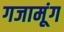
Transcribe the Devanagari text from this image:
गजामूंग